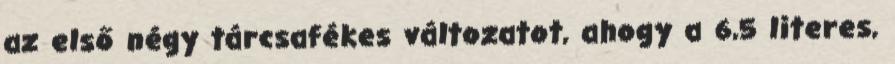
az első négy tárcsafékes változatot, ahogy a 6,5 literes,